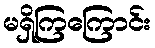
မရှိကြကြောင်း